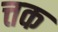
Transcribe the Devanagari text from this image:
त्तक